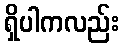
ရှိပါကလည်း